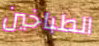
الطباخين